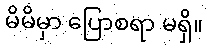
မိမိမှာ ပြောစရာ မရှိ။